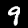
Digit: 9